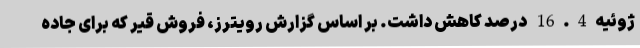
ژوئیه16.4 درصد کاهش داشت. بر اساس گزارش رویترز، فروش قیر که برای جاده